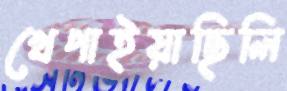
খেপাইয়াছিলি